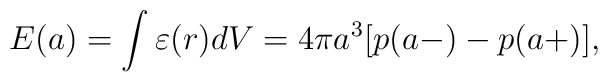
E(a)=\int{\varepsilon (r)dV}=4\pi a^3[p(a-)-p(a+)],